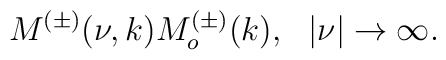
M^{(\pm)}(\nu,k)M^{(\pm)}_o(k),~~|\nu|\rightarrow\infty.